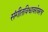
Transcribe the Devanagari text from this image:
संगीतविश्वावरोबरच